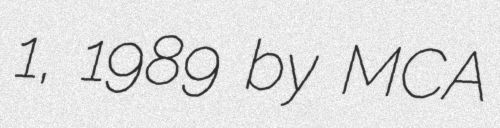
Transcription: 1, 1989 by MCA